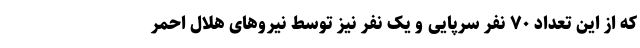
که از این تعداد ۷۰ نفر سرپایی و یک نفر نیز توسط نیروهای هلال احمر